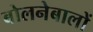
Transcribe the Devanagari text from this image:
बोलनेबालों